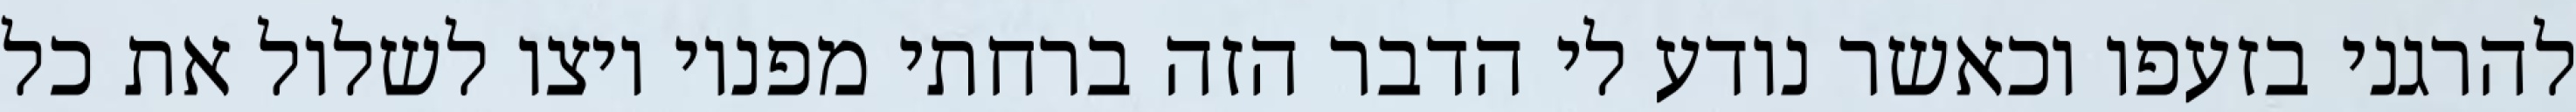
להרגני בזעפו וכאשר נודע לי הדבר הזה ברחתי מפניו ויצו לשלול את כל